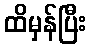
ထိမှန်ပြီး